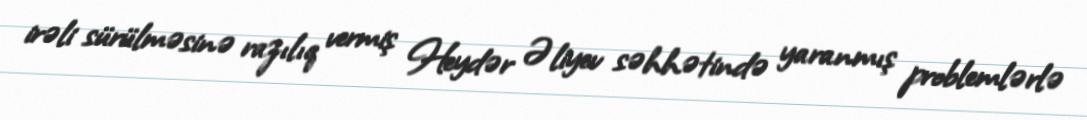
irəli sürülməsinə razılıq vermiş Heydər Əliyev səhhətində yaranmış problemlərlə